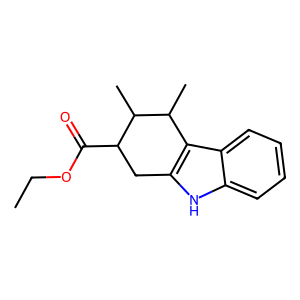
SMILES: CCOC(=O)C1Cc2[nH]c3ccccc3c2C(C)C1C
Inhibits HIV replication: No